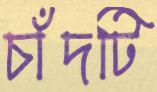
চাঁদটি